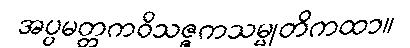
အပ္ပမတ္တကဝိသဇ္ဇကသမ္မုတိကထာ။